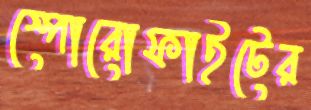
স্পোরোফাইটের